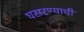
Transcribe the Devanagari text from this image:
घसरण्याची